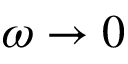
\omega \to 0